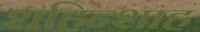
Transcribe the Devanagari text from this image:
शहिन्शाह